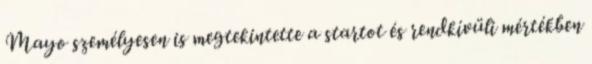
Mayo személyesen is megtekintette a startot és rendkívüli mértékben